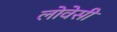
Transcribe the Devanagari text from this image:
लोवेसी